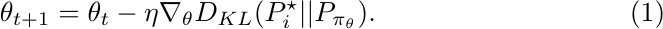
\begin{equation}
    \label{eq:policy_grad_step}
    \theta_{t+1}=\theta_t-\eta\nabla_\theta D_{KL}(P_i^\star||P_{\pi_\theta}).
\end{equation}